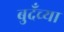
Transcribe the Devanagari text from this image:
बुदँच्या